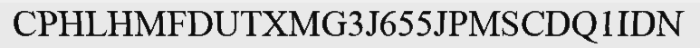
CPHLHMFDUTXMG3J655JPMSCDQ1IDN